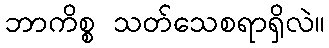
ဘာကိစ္စ သတ်သေစရာရှိလဲ။